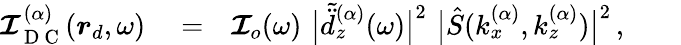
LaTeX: \begin{array}{rlr}{\boldsymbol{\mathcal{I}}_{\mathrm{~D~C~}}^{(\alpha)}(\boldsymbol{r}_{d},\omega)}&{{}=}&{\boldsymbol{\mathcal{I}}_{o}(\omega)\, \, \big|\tilde{\ddot{d}}_{z}^{(\alpha)}(\omega)\big|^{2}\, \, \big|\hat{S}(k_{x}^{(\alpha)},k_{z}^{(\alpha)})\big|^{2}\, ,\quad\quad}\end{array}